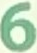
6